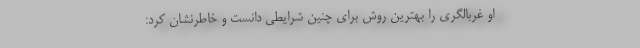
او غربالگری را بهترین روش برای چنین شرایطی دانست و خاطرنشان کرد: